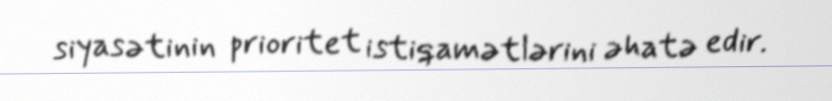
siyasətinin prioritet istiqamətlərini əhatə edir.